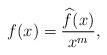
LaTeX: \begin{align*}f(x)=\frac{\widehat{f}(x)}{x^m},\end{align*}